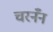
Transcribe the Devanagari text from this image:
चरनँन